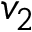
v _ { 2 }